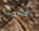
صمتا